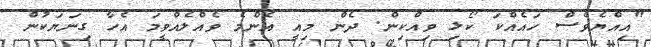
"އިއްޔެވެސް ހައެއްކަ ކޯޅި ވިއްކިން. ދެން މިއީ އެންމެ ވެއްލެއްވީމަ އެހާ ގިނަޔަކުން